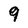
Character: 9